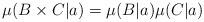
LaTeX: \begin{align*} \mu(B\times C\vert a)=\mu(B\vert a) \mu(C\vert a)\end{align*}